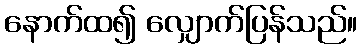
နောက်ထ၍ လျှောက်ပြန်သည်။